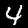
Digit: 4